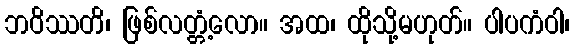
ဘဝိဿတိ၊ ဖြစ်လတ္တံ့လော။ အထ၊ ထိုသို့မဟုတ်။ ပါပကံဝါ၊